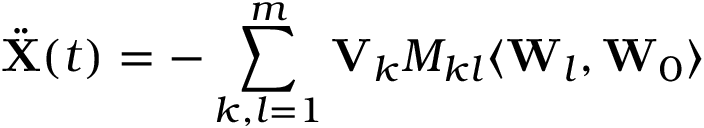
{ \ddot { \bf X } } ( t ) = - \sum _ { k , l = 1 } ^ { m } { \bf V } _ { k } M _ { k l } \langle { \bf W } _ { l } , { \bf W } _ { 0 } \rangle